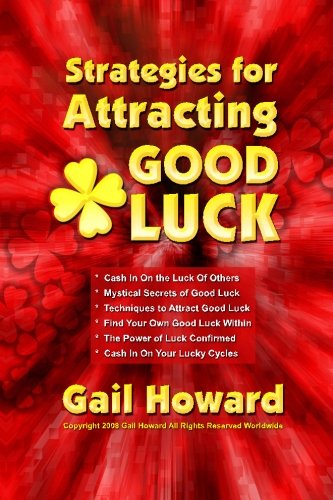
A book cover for Strategies for Attracting Good Luck; Gail Howard; Humor & Entertainment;